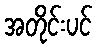
အတိုင်းပင်